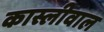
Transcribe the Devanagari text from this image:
कास्लीवाल